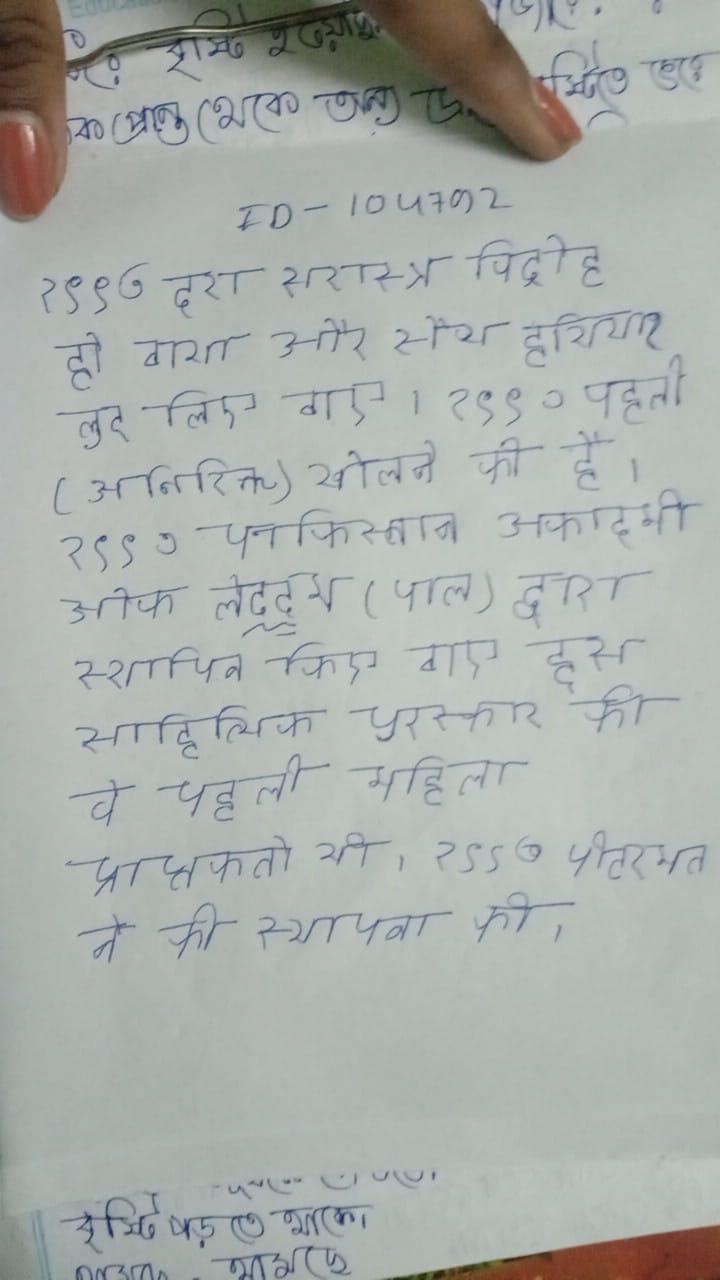
१९९७ देश सशस्त्र विद्रोह हो गया और सैन्य हथियार लूट लिए गए । १९९७ पहली (अतिरिक्त) खोलने की है । १९९७ पाकिस्तान अकादमी ओफ लेट्ट्र्स (पाल) द्वारा स्थापित किए गए इस साहित्यिक पुरस्कार की वे पहली महिला प्राप्तकर्ता थी । १९९७ पीटरसन ने की स्थापना की ।